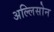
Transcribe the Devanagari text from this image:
अल्लिसोन